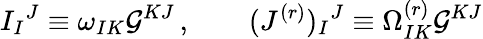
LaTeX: I_{I}{}^{J}\equiv\omega_{IK}\mathcal{G}^{KJ}\, ,\qquad(J^{(r)})_{I}{}^{J}\equiv\Omega_{IK}^{(r)}\mathcal{G}^{KJ}